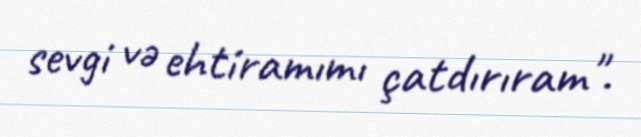
sevgi və ehtiramımı çatdırıram".